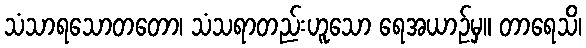
သံသာရသောတတော၊ သံသရာတည်းဟူသော ရေအယာဉ်မှ။ တာရေသိ၊